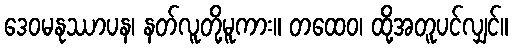
ဒေဝမနုဿာပန၊ နတ်လူတို့မူကား။ တထေဝ၊ ထို့အတူပင်လျှင်။